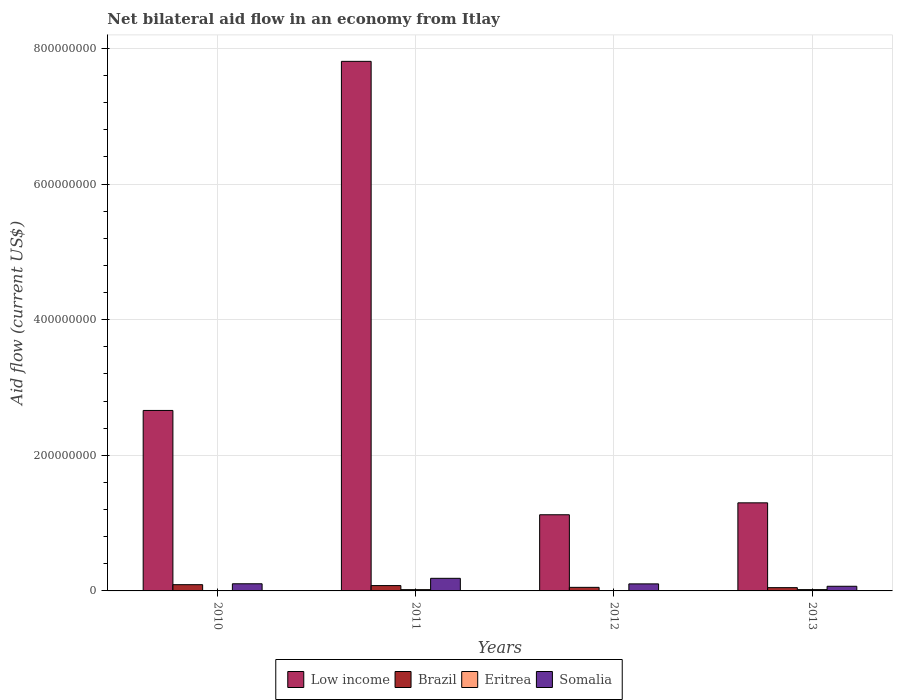
| Years | Low income | Brazil | Eritrea | Somalia |
 | --- | --- | --- | --- | --- |
 | 2010 | 2.66e+08 | 9.2e+06 | 1.5e+05 | 1.05e+07 |
 | 2011 | 7.81e+08 | 7.86e+06 | 1.9e+06 | 1.86e+07 |
 | 2012 | 1.12e+08 | 5.26e+06 | 5.3e+05 | 1.04e+07 |
 | 2013 | 1.3e+08 | 4.82e+06 | 1.94e+06 | 6.85e+06 |